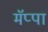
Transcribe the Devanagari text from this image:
मॅप्पा